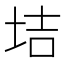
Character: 𡋥